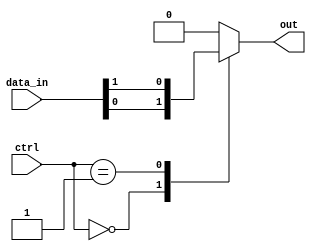
module mux_128x1(input [127:0] data_in,
                   input [6:0] ctrl,
                   output reg out);

always @(*)
begin
    case(ctrl)
        7'b0000000: out = data_in[0];
        7'b0000001: out = data_in[1];
        // Continue for all 128 input lines
        // Add the case statements for each input line
        
        default: out = 1'b0; // Default case
    endcase
end

endmodule